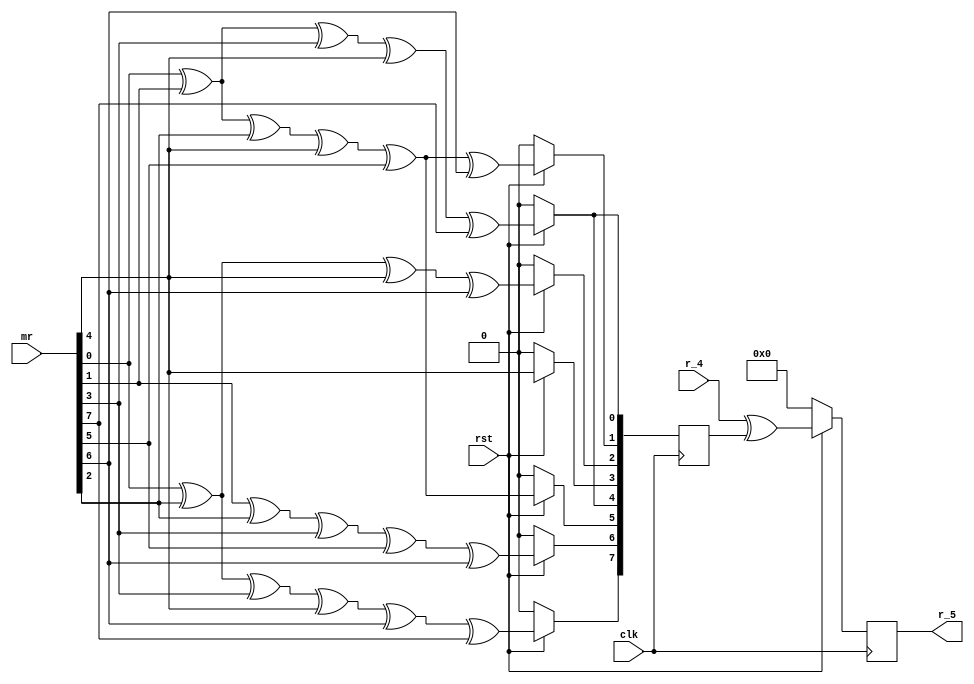
`timescale 1ns / 1ps


module mux_5(
    input clk,
	 input rst,
	 input[7:0] mr,
	 input[7:0] r_4,
	 output[7:0] r_5
    );
wire[7:0] a_5;
reg[7:0] g_5;
reg[7:0] r5;

assign a_5 = mr;

 always @(posedge clk)                            //g5m+r
  begin
  if(!rst)
   begin
	g_5<=0;
	r5<=0;
	end
  else
   begin
    g_5[0]<=a_5[0]^a_5[1]^a_5[3]^a_5[4]^a_5[7];	
	 g_5[1]<=a_5[0]^a_5[1]^a_5[2]^a_5[4]^a_5[5]^a_5[6];	
	 g_5[2]<=a_5[0]^a_5[2]^a_5[4]^a_5[6];	
    g_5[3]<=a_5[4];	
    g_5[4]<=a_5[0]^a_5[1]^a_5[3]^a_5[4]^a_5[7];	
	 g_5[5]<=a_5[0]^a_5[1]^a_5[2]^a_5[4]^a_5[5];	
	 g_5[6]<=a_5[1]^a_5[2]^a_5[3]^a_5[5]^a_5[6];	
	 g_5[7]<=a_5[0]^a_5[2]^a_5[3]^a_5[4]^a_5[6]^a_5[7];
	 r5 <= r_4^g_5;
	end
 end

assign 	 r_5 = r5;

endmodule